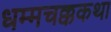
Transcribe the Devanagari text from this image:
धम्मचक्ककथा